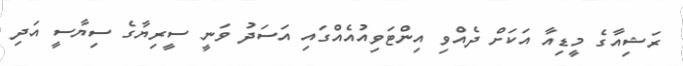
ރަޝިއާގެ މީޑިއާ އަކަށް ދެއްވި އިންޓަވިއުއެއްގައި އަސަދު ވަނީ ސީރިޔާގެ ސިޔާސީ އަދި